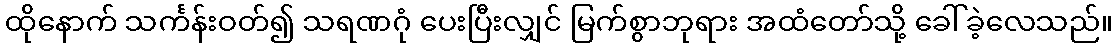
ထိုနောက် သင်္ကန်းဝတ်၍ သရဏဂုံ ပေးပြီးလျှင် မြက်စွာဘုရား အထံတော်သို့ ခေါ်ခဲ့လေသည်။